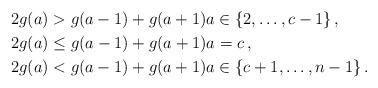
LaTeX: \begin{align*}2g(a) & > g(a-1)+g(a+1) a \in \{2,\dots,c-1\}\,,\\2g(a) & \le g(a-1)+g(a+1) a=c\,,\\2g(a) & < g(a-1)+g(a+1) a \in \{c+1,\dots,n-1\}\,.\end{align*}